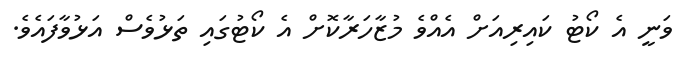
ވަނީ އެ ކޯޓު ކައިރިއަށް އެއްވެ މުޒާހަރާކޮށް އެ ކޯޓުގައި ތަޅުވެސް އަޅުވާފައެވެ.